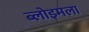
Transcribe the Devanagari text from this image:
ब्लोइमला